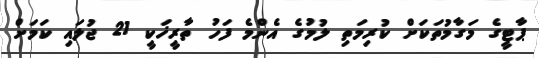
ޕާޓީގެ މަގާމުތަކަށް ކުރިމަތި ލުމުގެ އެންމެ ފަހު ތާރީޚަކީ 21 ޖުލައި ކަމަށް